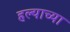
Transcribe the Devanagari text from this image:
हल्याच्या